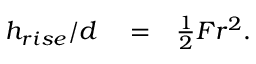
\begin{array} { r l r } { h _ { r i s e } / d } & { { } = } & { \frac { 1 } { 2 } F r ^ { 2 } . } \end{array}